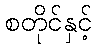
စတိုင်နှင့်